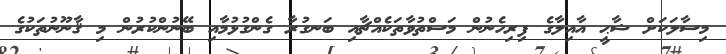
މިސާލަކަށް ޝާޙީ އާއިލާގެ ފިރިހެނުން މަސްތުވާތަކެއްޗާއި ބަނގުރާ ގެންގުޅުމާއި ބޭނުންކުރުން މި ޤާނޫނުތަކުގެ